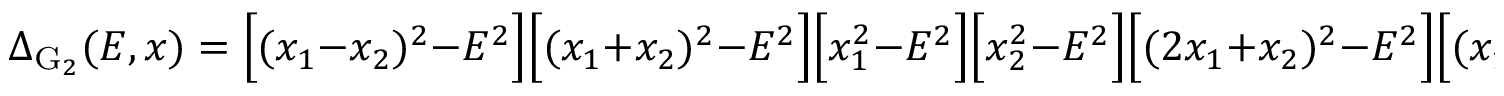
\Delta _ { \mathrm { G } _ { 2 } } ( E , x ) = \Big [ ( x _ { 1 } - x _ { 2 } ) ^ { 2 } - E ^ { 2 } \Big ] \Big [ ( x _ { 1 } + x _ { 2 } ) ^ { 2 } - E ^ { 2 } \Big ] \Big [ x _ { 1 } ^ { 2 } - E ^ { 2 } \Big ] \Big [ x _ { 2 } ^ { 2 } - E ^ { 2 } \Big ] \Big [ ( 2 x _ { 1 } + x _ { 2 } ) ^ { 2 } - E ^ { 2 } \Big ] \Big [ ( x _ { 1 } + 2 x _ { 2 } ) ^ { 2 } - E ^ { 2 } \Big ]